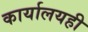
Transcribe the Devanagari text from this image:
कार्यालयही